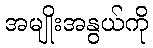
အမျိုးအနွယ်ကို